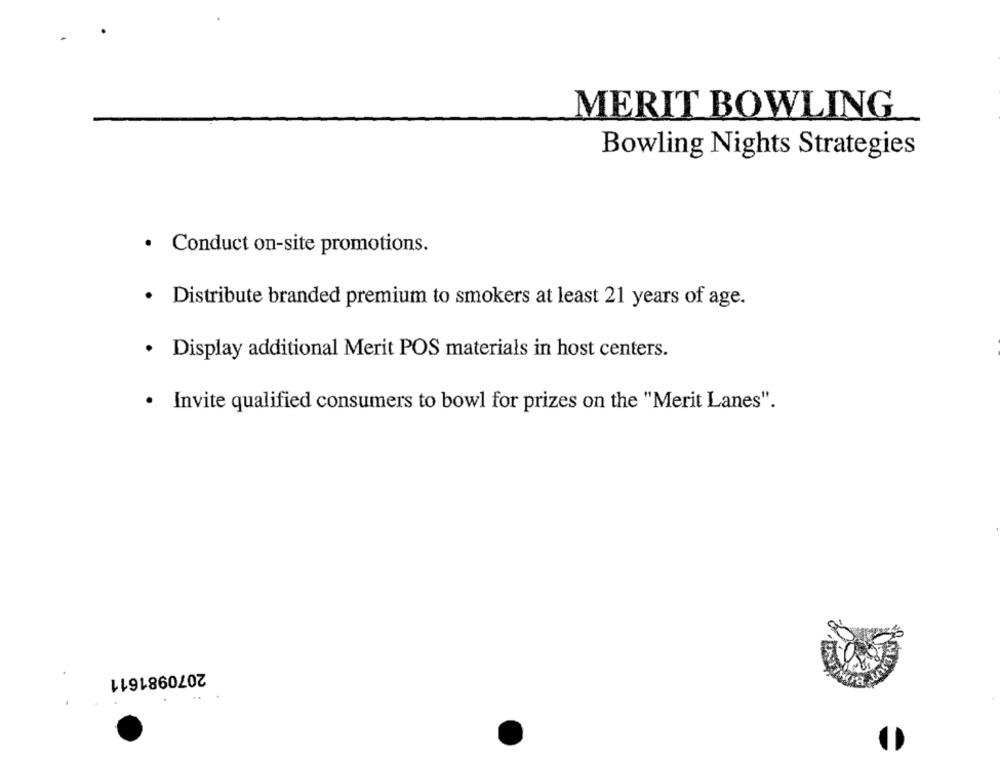
MERIT BOWLING
Bowling Nights Strategies
· Conduct on-site promotions.
· Distribute branded premium to smokers at least 21 years of age.
· Display additional Merit POS materials in host centers.
· Invite qualified consumers to bowl for prizes on the "Merit Lanes".
2070981611